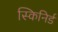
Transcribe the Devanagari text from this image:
स्किनिर्ड